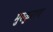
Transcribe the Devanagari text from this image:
मुस्कुराए